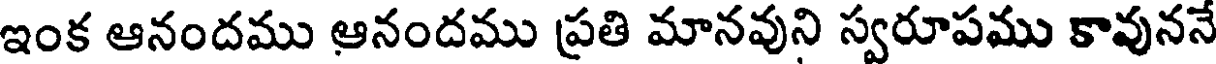
ఇంక ఆనందము ఆనందము ప్రతి మానవుని స్వరూపము కావుననే